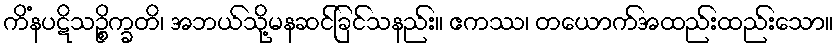
ကိံနပဋိသဉ္စိက္ခတိ၊ အဘယ်သို့မနဆင်ခြင်သနည်း။ ဧကဿ၊ တယောက်အထည်းထည်းသော။